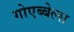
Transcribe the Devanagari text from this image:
गोएब्बेल्स